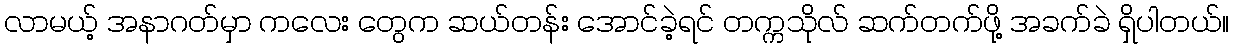
လာမယ့် အနာဂတ်မှာ ကလေး တွေက ဆယ်တန်း အောင်ခဲ့ရင် တက္ကသိုလ် ဆက်တက်ဖို့ အခက်ခဲ ရှိပါတယ်။